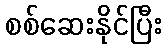
စစ်ဆေးနိုင်ပြီး